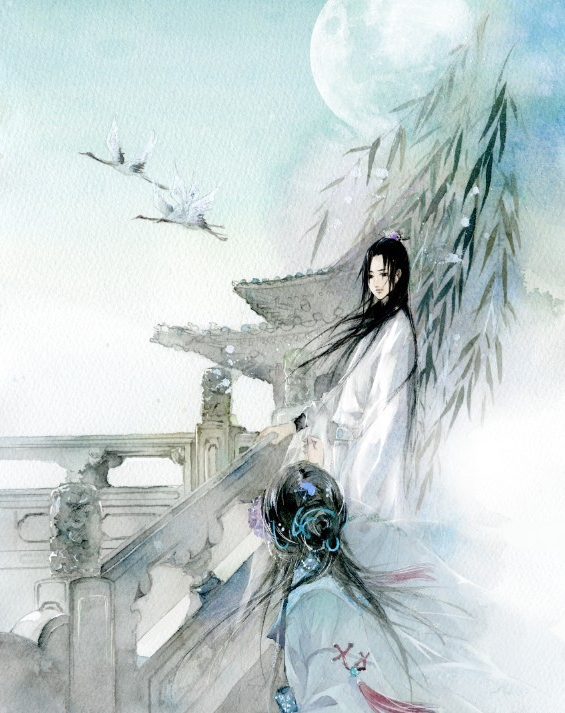
昼成凄黯，雁飞过垂杨转青。